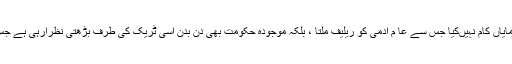
سینیٹر سراج الحق نے کہاکہ پی ٹی آئی حکومت نے ابھی تک کوئی ایسا نمایاں کام نہیںکیا جس سے عا م آدمی کو ریلیف ملتا ، بلکہ موجودہ حکومت بھی دن بدن اسی ٹریک کی طرف بڑھتی نظرآرہی ہے جس پر سابقہ حکومتیں چلتے ہوئے عوامی نفرت اور غضب کا شکار ہوئیں ۔